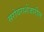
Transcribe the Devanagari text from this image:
सरोवराशेजारील